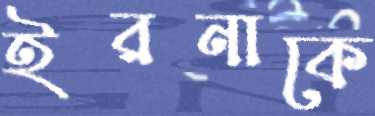
ইরনাকে